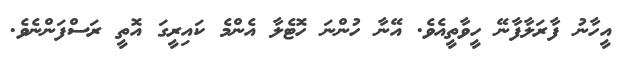
އީހާނު ފާރަލާފާނޭ ހީވާތީއެވެ. އޭނާ ހުންނަ ހޮޓެލާ އެންމެ ކައިރީގަ އޮތީ ރަސްފަންނެވެ.